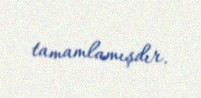
tamamlamışdır.